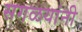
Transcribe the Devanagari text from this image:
सगळयांनी